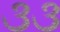
૩૩